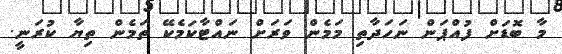
މާ ބޮޑަށް ފުއްޕަން ނަހަދާތި މަމެން ވަރަށް ނައްޓާކަމެކޭ ތަމެން ތިޔާ ކުރަނީ.